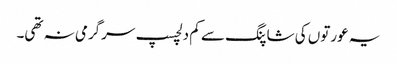
یہ عورتوں کی شاپنگ سے کم دلچسپ سرگرمی نہ تھی۔